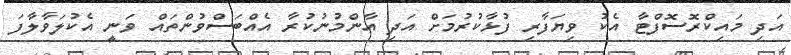
އަދި މައިކްރޮސޮފްޓާ އެކު ވިޔަފާރި ފުޅާކުރުމަށް އަދި އާންމުނުކުރާ އެއްބަސްވުންތައް ވަނީ އެކުލަވާލާފަ